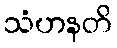
သံဟနတိ